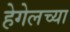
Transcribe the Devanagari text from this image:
हेगेलच्या